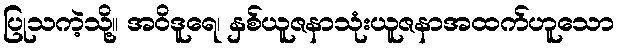
ပြုသကဲ့သို့။ အဝိဒူရေ၊ နှစ်ယူဇနာသုံးယူဇနာအထက်ဟူသော